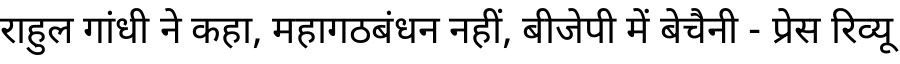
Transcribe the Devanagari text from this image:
राहुल गांधी ने कहा, महागठबंधन नहीं, बीजेपी में बेचैनी - प्रेस रिव्यू